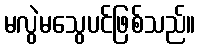
မလွဲမသွေပင်ဖြစ်သည်။